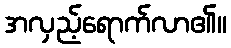
အလှည့်ရောက်လာ၏။